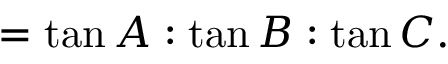
= \tan A : \tan B : \tan C .